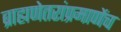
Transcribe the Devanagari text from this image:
ब्राह्मणेतरांप्रमाणेंच